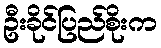
ဦးခိုင်ပြည်စိုးက